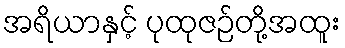
အရိယာနှင့် ပုထုဇဉ်တို့အထူး